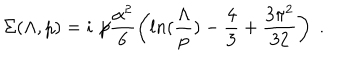
LaTeX: \Sigma ( \Lambda , p ) = i \not \! p \frac { \alpha ^ { 2 } } { 6 } \left( l n ( \frac { \Lambda } { p } ) - \frac { 4 } { 3 } + \frac { 3 \pi ^ { 2 } } { 3 2 } \right) \; .